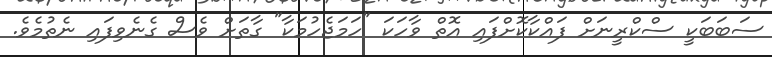
ސަބަބަކީ ސްކްރީނަށް ފައްކާކޮށްފައި އޮތް ވާހަކަ "ހަމަޖެހުމަކާ" ގާތަށް ވެސް ގެނެވިފައި ނެތުމެވެ.